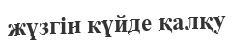
жүзгін күйде қалқу